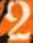
2